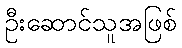
ဦးဆောင်သူအဖြစ်